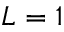
L = 1